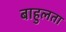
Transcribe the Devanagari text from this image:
बाहुलता